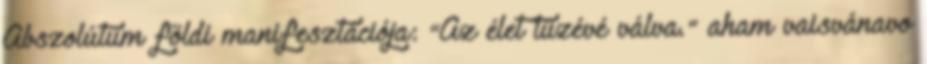
Abszolútum földi manifesztációja: "Az élet tüzévé válva." aham vaisvánavo